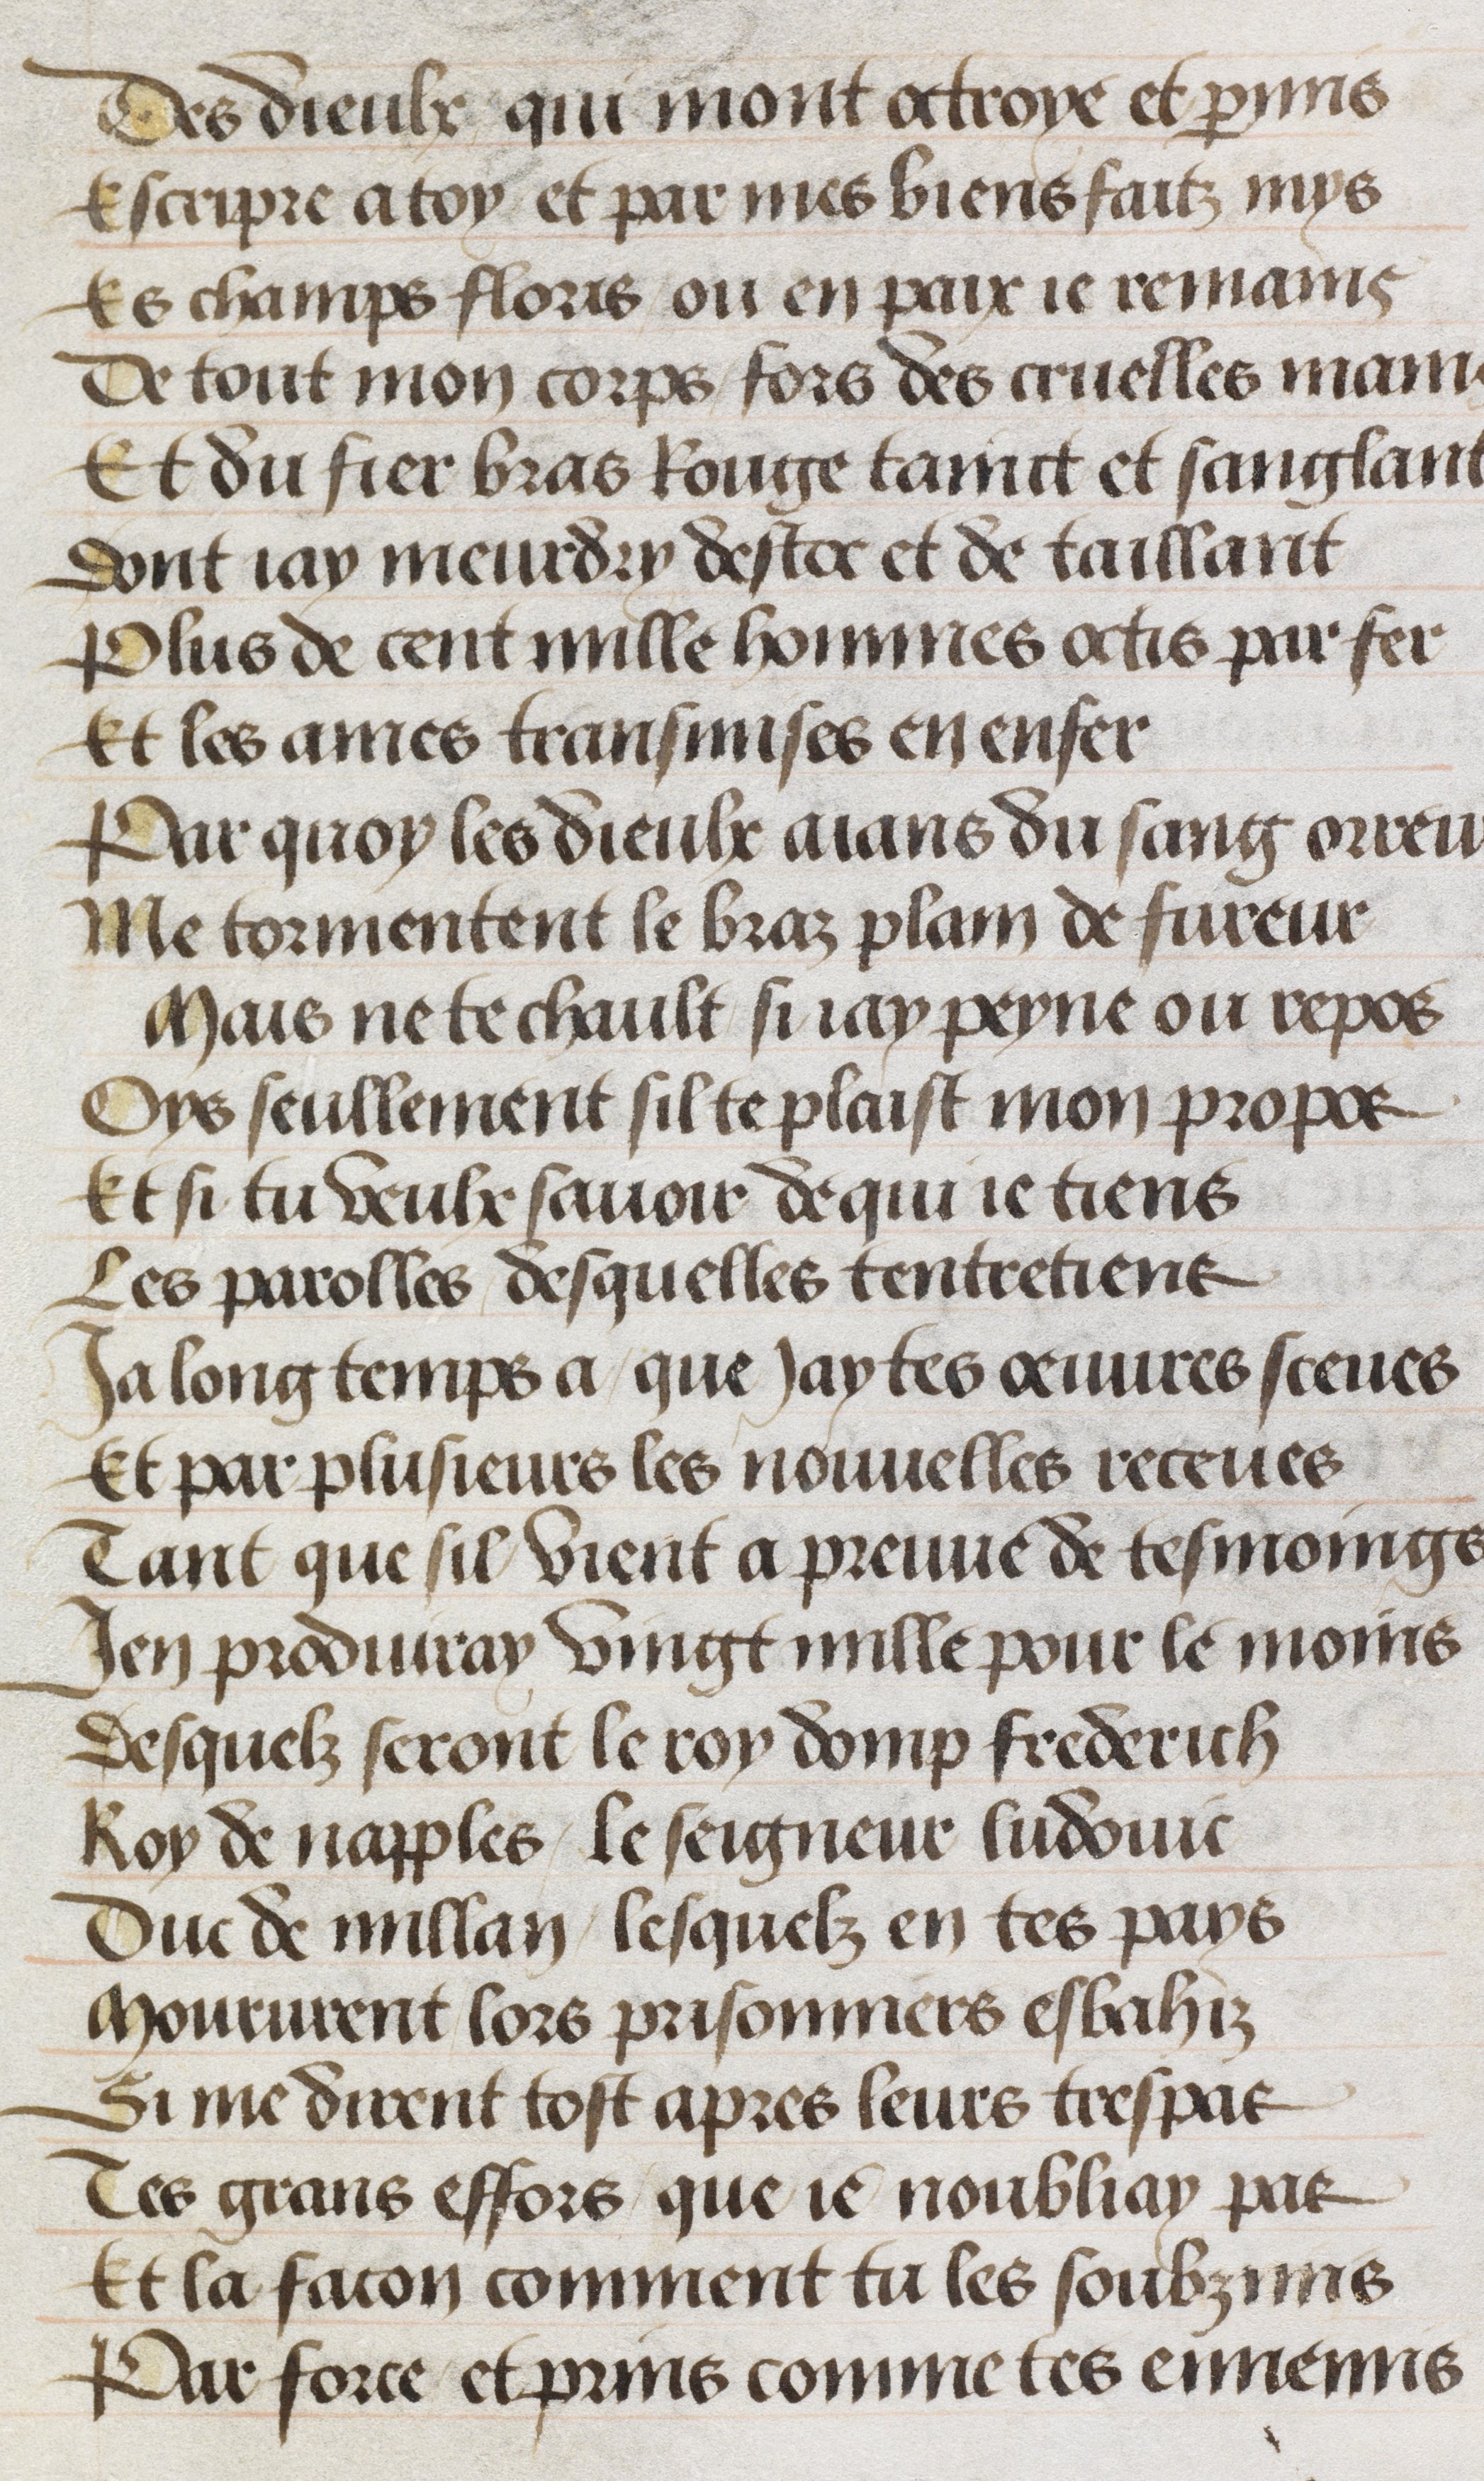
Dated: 1511–1515